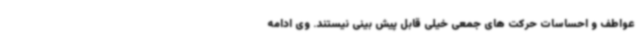
عواطف و احساسات حرکت های جمعی خیلی قابل پیش بینی نیستند. وی ادامه